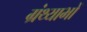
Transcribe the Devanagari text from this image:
ग्रंथ्याभों